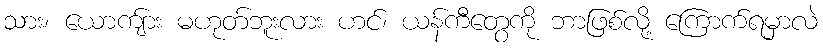
သား၊ ယောကျ်ား မဟုတ်ဘူးလား ဟင်၊ ယန်ကီတွေကို ဘာဖြစ်လို့ ကြောက်ရမှာလဲ